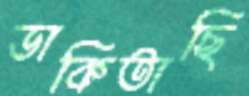
ডাকিতাছি